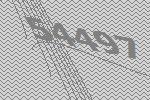
54497